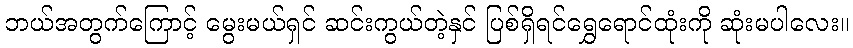
ဘယ်အတွက်ကြောင့် မွေးမယ်ရှင် ဆင်းကွယ်တဲ့နှင် ပြစ်ရှိရင်ရွှေရောင်ထုံးကို ဆုံးမပါလေး။